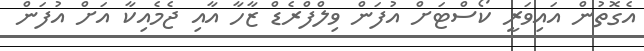
އެގޮތުން އައިވަރީ ކޯސްޓަށް އުފަން ވިލްފްރެޑް ޒާހާ އާއި ޖެމެއިކާ އަށް އުފަން